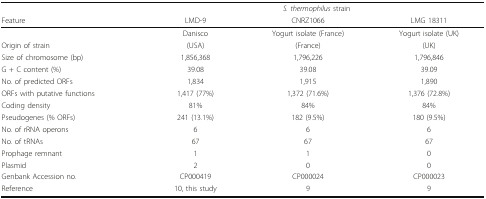
<table><thead><tr><td></td><td colspan="3"><b><i>S. thermophilus</i> strain</b></td></tr><tr><td><b>Feature</b></td><td><b>LMD-9</b></td><td><b>CNRZ1066</b></td><td><b>LMG 18311</b></td></tr></thead><tbody><tr><td></td><td>Danisco</td><td>Yogurt isolate (France)</td><td>Yogurt isolate (UK)</td></tr><tr><td>Origin of strain</td><td>(USA)</td><td>(France)</td><td>(UK)</td></tr><tr><td>Size of chromosome (bp)</td><td>1,856,368</td><td>1,796,226</td><td>1,796,846</td></tr><tr><td>G + C content (%)</td><td>39.08</td><td>39.08</td><td>39.09</td></tr><tr><td>No. of predicted ORFs</td><td>1,834</td><td>1,915</td><td>1,890</td></tr><tr><td>ORFs with putative functions</td><td>1,417 (77%)</td><td>1,372 (71.6%)</td><td>1,376 (72.8%)</td></tr><tr><td>Coding density</td><td>81%</td><td>84%</td><td>84%</td></tr><tr><td>Pseudogenes (% ORFs)</td><td>241 (13.1%)</td><td>182 (9.5%)</td><td>180 (9.5%)</td></tr><tr><td>No. of rRNA operons</td><td>6</td><td>6</td><td>6</td></tr><tr><td>No. of tRNAs</td><td>67</td><td>67</td><td>67</td></tr><tr><td>Prophage remnant</td><td>1</td><td>1</td><td>0</td></tr><tr><td>Plasmid</td><td>2</td><td>0</td><td>0</td></tr><tr><td>Genbank Accession no.</td><td>CP000419</td><td>CP000024</td><td>CP000023</td></tr><tr><td>Reference</td><td>10, this study</td><td>9</td><td>9</td></tr></tbody></table>